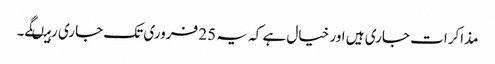
مذاکرات جاری ہیں اور خیال ہے کہ یہ 25 فروری تک جاری رہیںگے۔